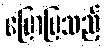
ပြောပြသည့်